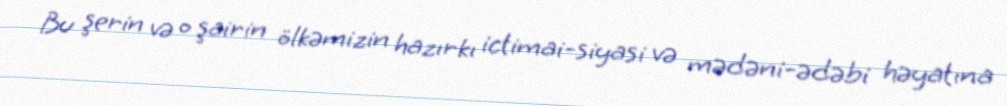
Bu şerin və o şairin ölkəmizin hazırkı ictimai-siyasi və mədəni-ədəbi həyatına